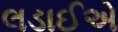
લડાઈએ